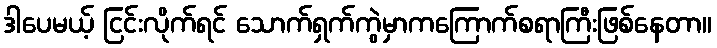
ဒါပေမယ့် ငြင်းလိုက်ရင် သောက်ရှက်ကွဲမှာကကြောက်စရာကြီးဖြစ်နေတာ။